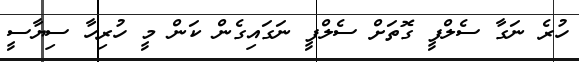
ހުރެ ނަގާ ސެލްފީ ގޮތަށް ސެލްފީ ނަގައިގެން ކަން މީ ހުރިހާ ސިޔާސީ